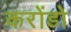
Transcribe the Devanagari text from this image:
करोंडो